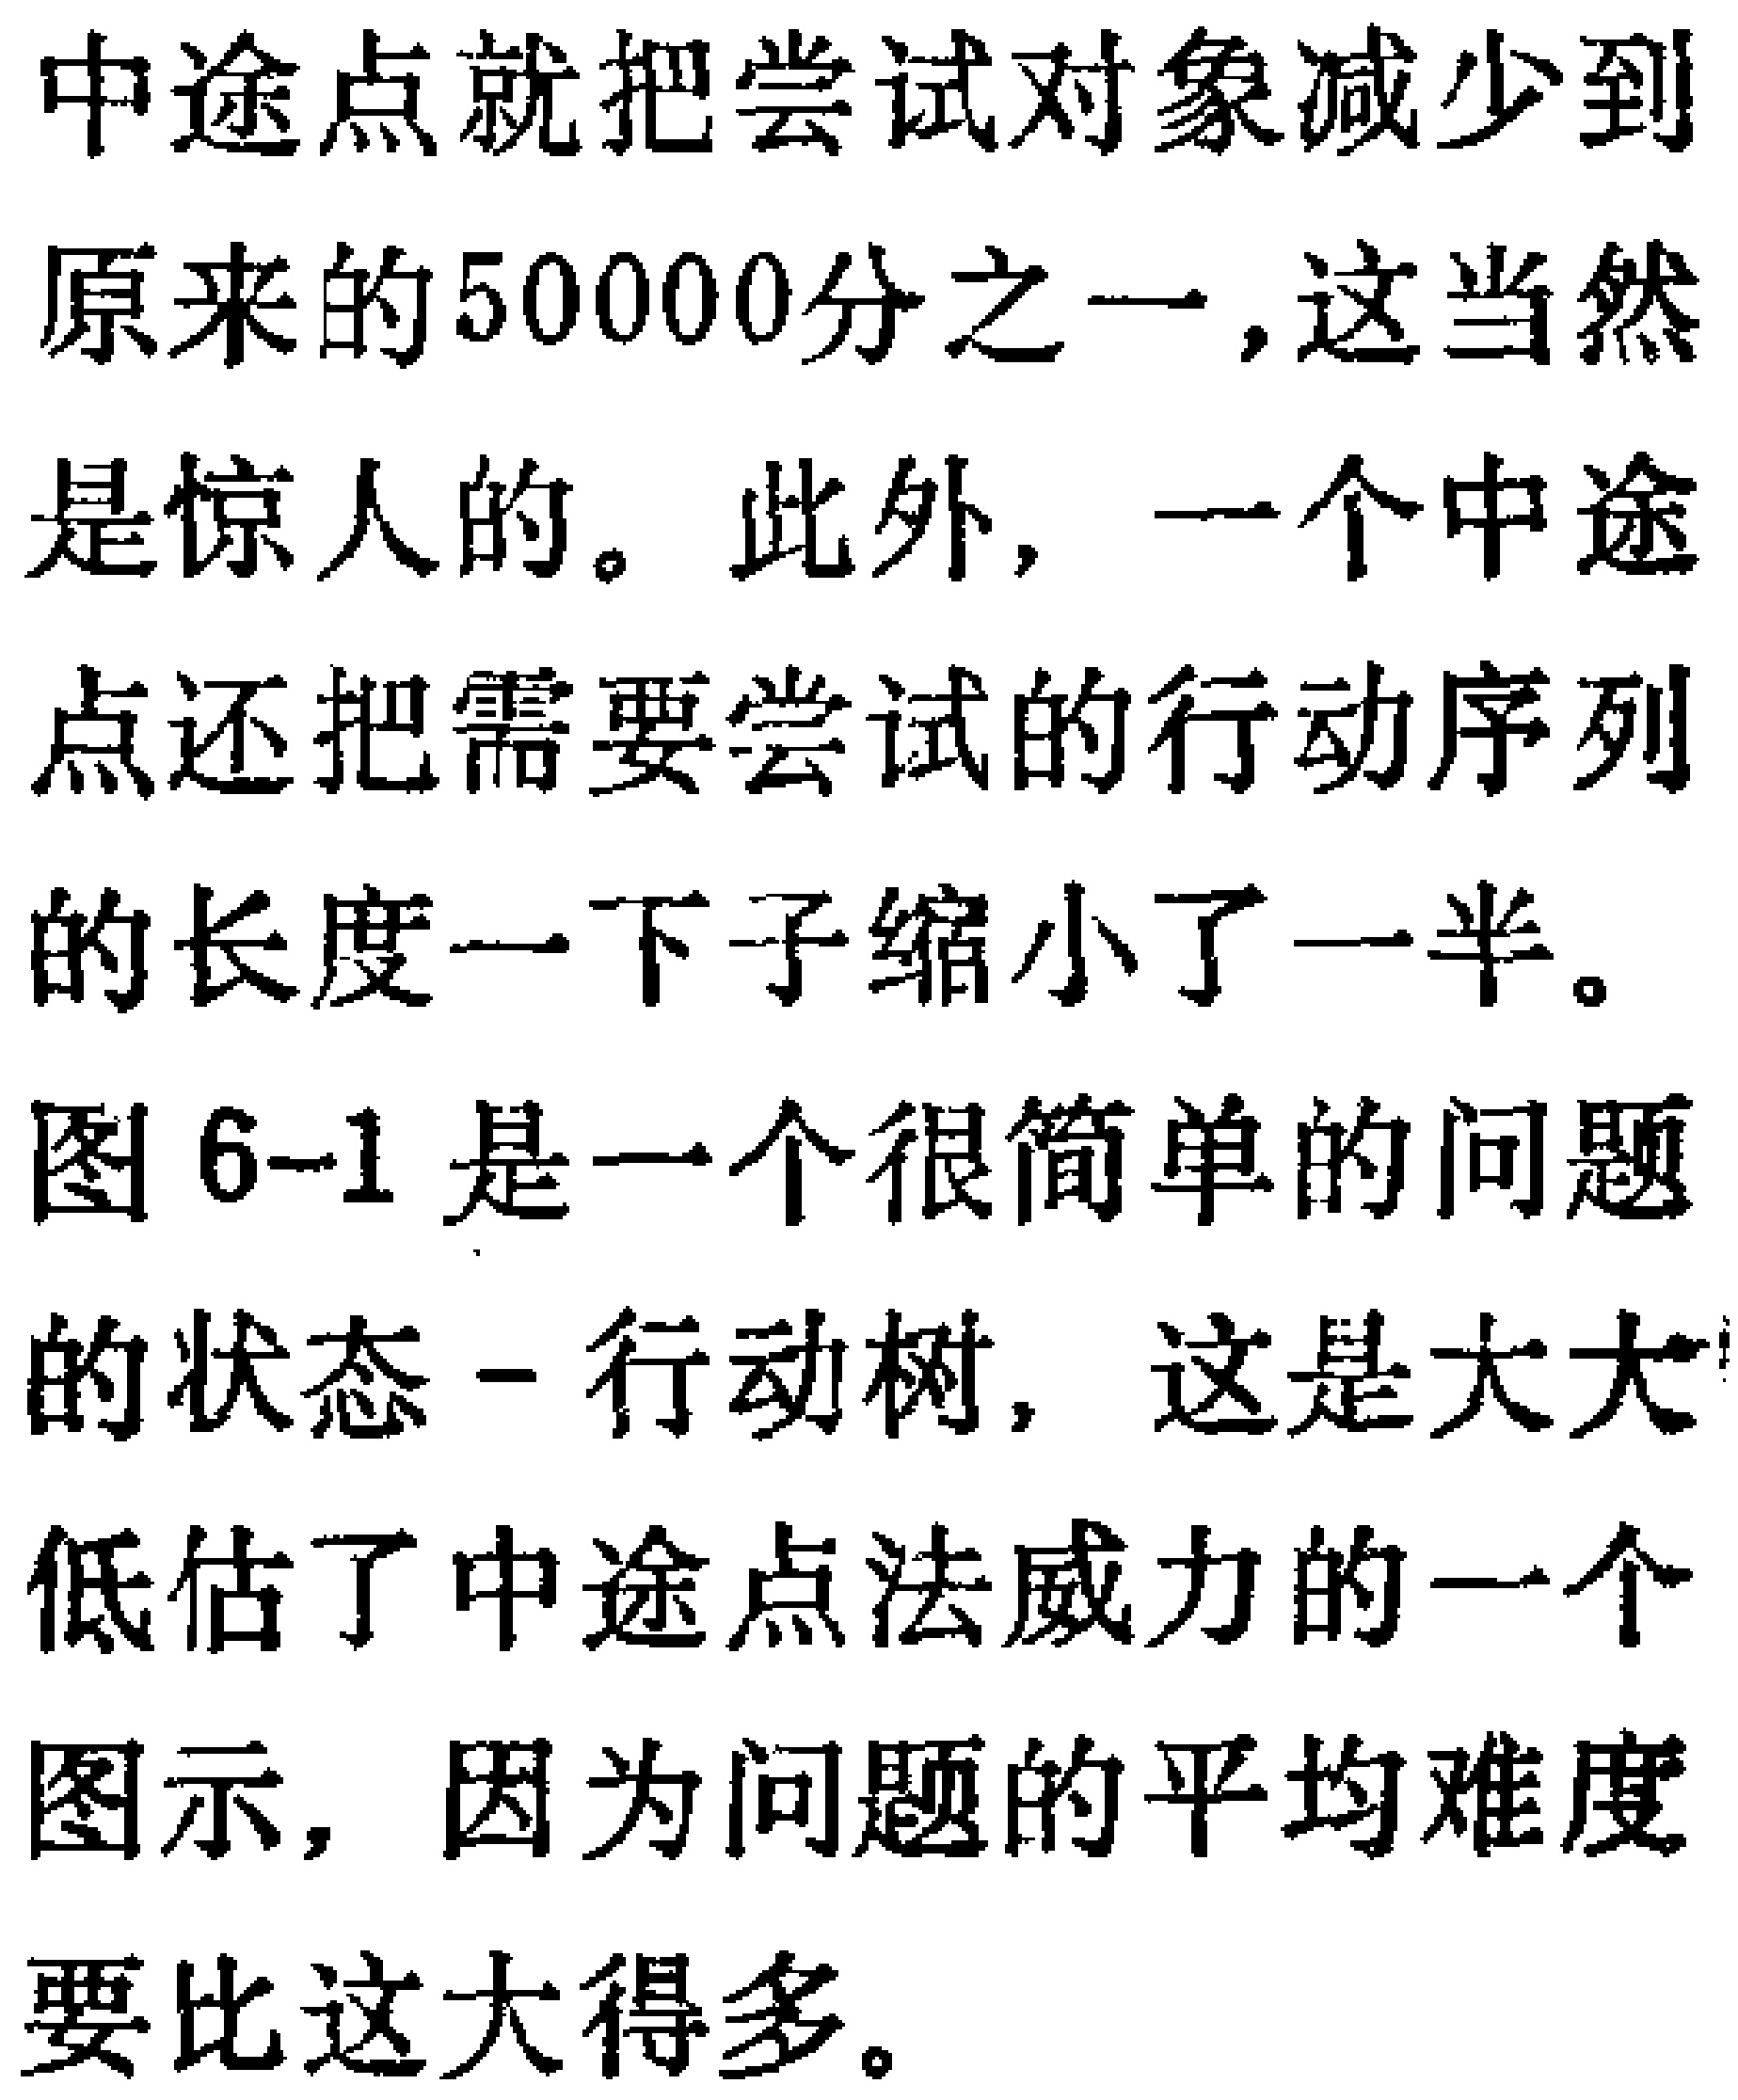
中途点就把尝试对象减少到
原来的$50000$分之一,这当然
是惊人的。此外, 一个中途
点还把需要尝试的行动序列
的长度一下子缩小了一半。
图6-1是一个很简单的问题
的状态 - 行动树, 这是大大
低估了中途点法威力的一个
图示, 因为问题的平均难度
要比这大得多。